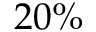
2 0 \%